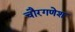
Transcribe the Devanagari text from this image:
चौरगणेश